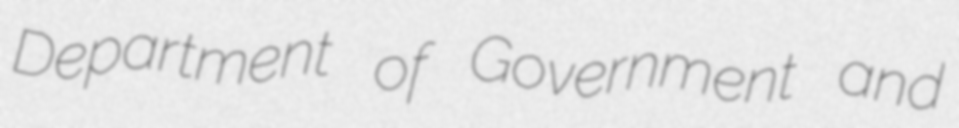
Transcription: Department of Government and